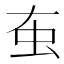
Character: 𧈠